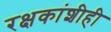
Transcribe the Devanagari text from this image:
रक्षकांशीही